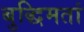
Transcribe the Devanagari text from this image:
बुद्धिमतां